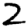
Digit: 2